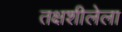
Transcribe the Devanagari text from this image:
तक्षशीलेला